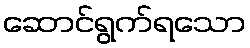
ဆောင်ရွက်ရသော